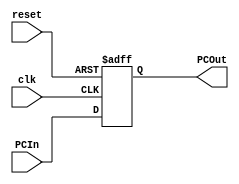
module pcLogic (
  input             clk, reset,
  input      [31:0] PCIn,
  output reg [31:0] PCOut
);

// simple resetablle dff

always @(posedge clk or posedge reset)
  if (reset) PCOut <= 32'b0;
  else       PCOut <= PCIn;

endmodule